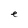
Character: e